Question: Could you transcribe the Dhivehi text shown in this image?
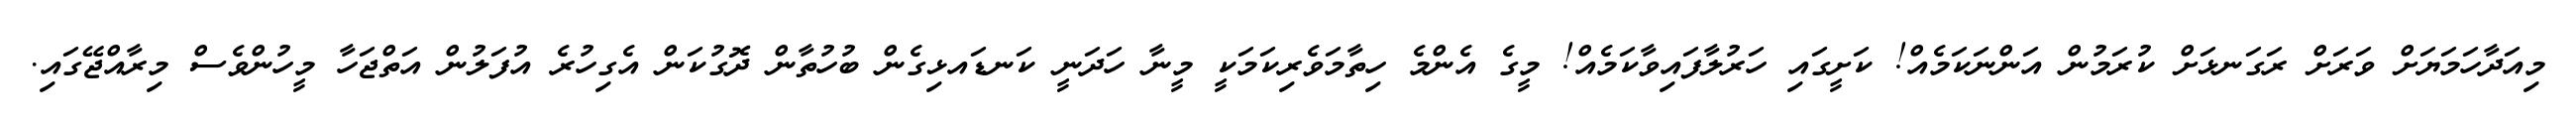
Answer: މިއަދާހަމަޔަށް ވަރަށް ރަގަނޅަށް ކުރަމުން އަންނަކަމެއް! ކަށީގައި ހަރުލާފައިވާކަމެއް! މީގެ އެންމެ ހިތާމަވެރިކަމަކީ މީނާ ހަދަނީ ކަނޑައޅިގެން ބުހުތާން ދޮގުކަން އެގިހުރެ އުފަލުން އަތްޖަހާ މީހުންވެސް މިރާއްޖޭގައި.